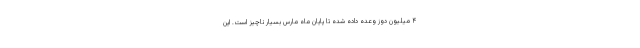
۴ میلیون دوز وعده داده شده تا پایان ماه مارس بسیار ناچیز است. این